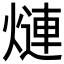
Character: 𬊿